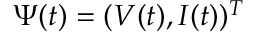
\Psi ( t ) = ( V ( t ) , I ( t ) ) ^ { T }